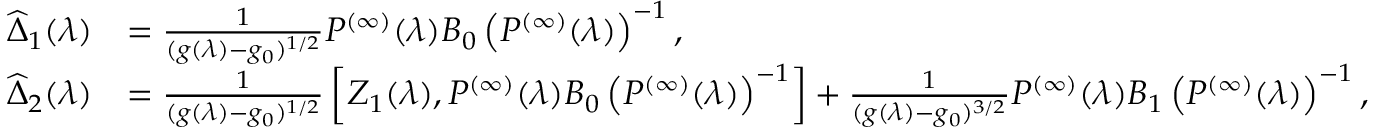
\begin{array} { r l } { \widehat { \Delta } _ { 1 } ( \lambda ) } & { = \frac { 1 } { ( g ( \lambda ) - g _ { 0 } ) ^ { 1 / 2 } } P ^ { ( \infty ) } ( \lambda ) B _ { 0 } \left( P ^ { ( \infty ) } ( \lambda ) \right) ^ { - 1 } , } \\ { \widehat { \Delta } _ { 2 } ( \lambda ) } & { = \frac { 1 } { ( g ( \lambda ) - g _ { 0 } ) ^ { 1 / 2 } } \left[ Z _ { 1 } ( \lambda ) , P ^ { ( \infty ) } ( \lambda ) B _ { 0 } \left( P ^ { ( \infty ) } ( \lambda ) \right) ^ { - 1 } \right] + \frac { 1 } { ( g ( \lambda ) - g _ { 0 } ) ^ { 3 / 2 } } P ^ { ( \infty ) } ( \lambda ) B _ { 1 } \left( P ^ { ( \infty ) } ( \lambda ) \right) ^ { - 1 } , } \end{array}